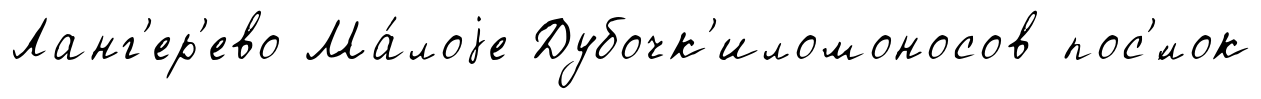
Ланг'ер'ево Ма́лоjе Дубочк'иломоносов пос'́лок